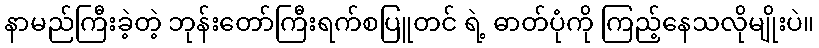
နာမည်ကြီးခဲ့တဲ့ ဘုန်းတော်ကြီးရက်စပြူတင် ရဲ့ ဓာတ်ပုံကို ကြည့်နေသလိုမျိုးပဲ။